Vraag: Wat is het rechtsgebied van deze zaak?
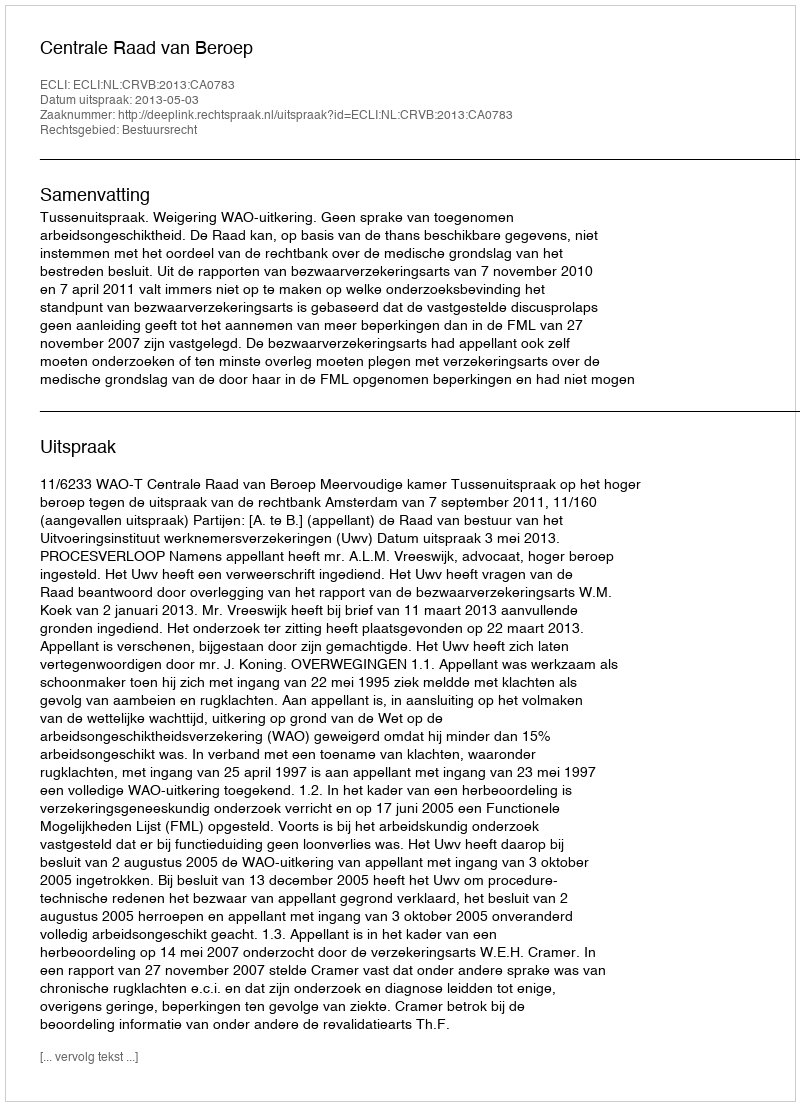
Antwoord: Bestuursrecht